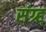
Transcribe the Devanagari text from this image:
संग्र्ह्